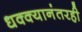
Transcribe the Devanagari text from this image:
धक्क्यानंतरही